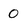
Character: 0